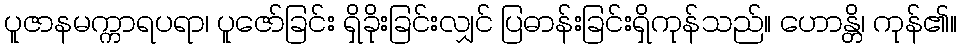
ပူဇာနမက္ကာရပရာ၊ ပူဇော်ခြင်း ရှိခိုးခြင်းလျှင် ပြဓာန်းခြင်းရှိကုန်သည်။ ဟောန္တိ၊ ကုန်၏။